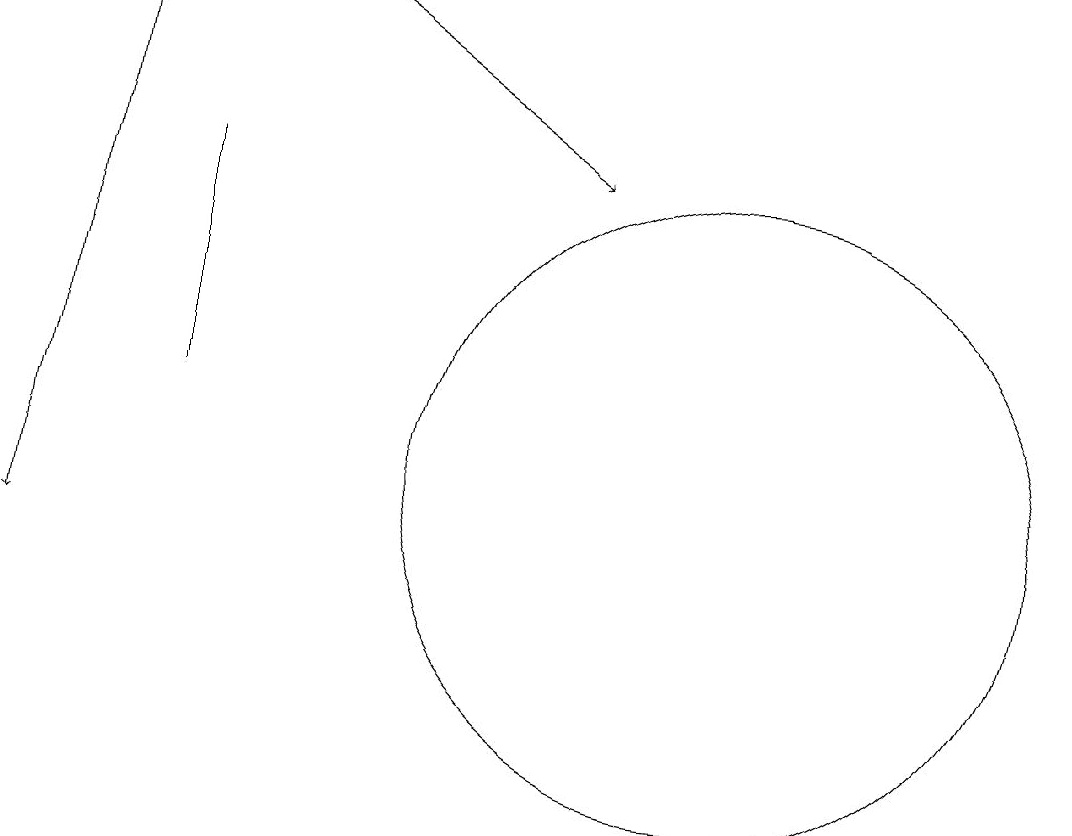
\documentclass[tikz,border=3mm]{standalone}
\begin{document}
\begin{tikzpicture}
\draw (4,16) rectangle (4,13);
\draw[->] (6,18) -- (9,16);
\draw[->] (3,18) -- (2,11);
\draw (11,12) circle (4);
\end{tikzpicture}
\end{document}